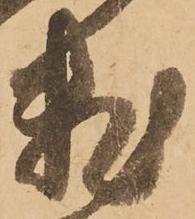
数